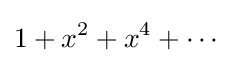
1+x^{2}+x^{4}+\dotsb